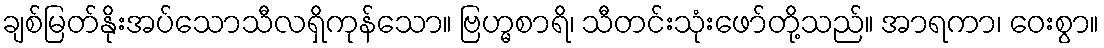
ချစ်မြတ်နိုးအပ်သောသီလရှိကုန်သော။ ဗြဟ္မစာရိ၊ သီတင်းသုံးဖော်တို့သည်။ အာရကာ၊ ဝေးစွာ။